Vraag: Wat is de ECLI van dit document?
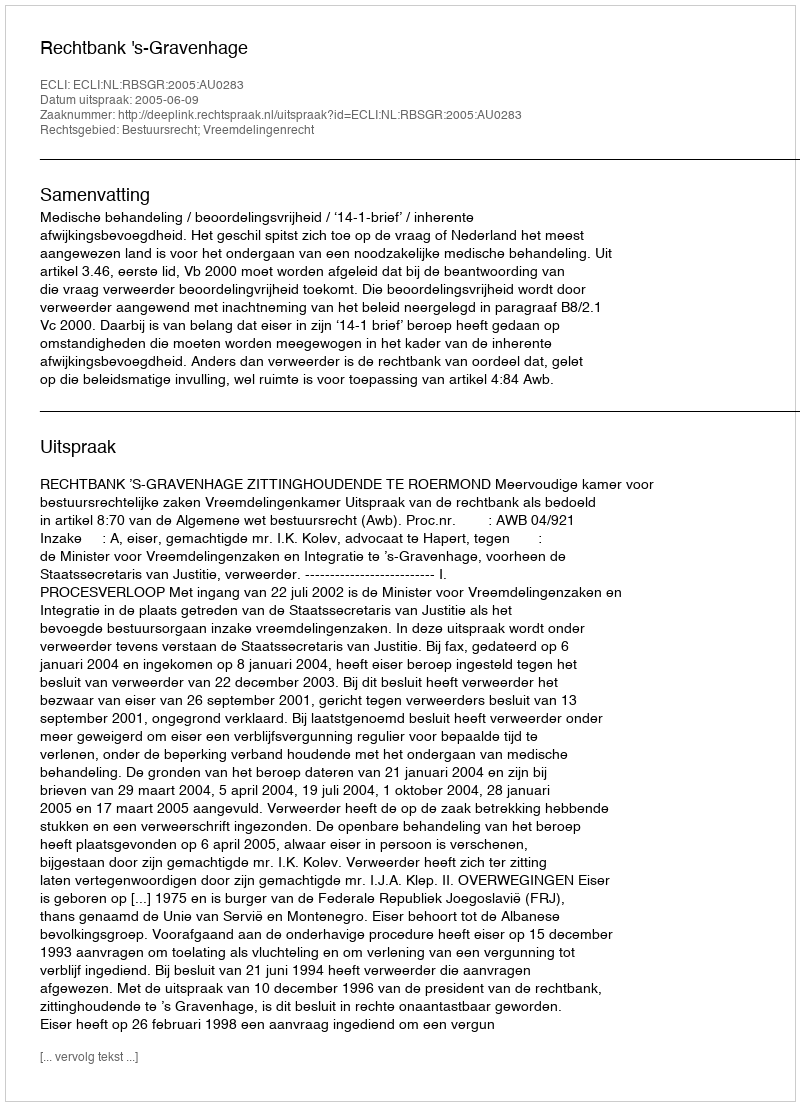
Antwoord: ECLI:NL:RBSGR:2005:AU0283